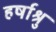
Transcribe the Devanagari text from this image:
हर्षाश्रु